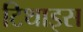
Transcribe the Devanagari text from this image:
टिथाइस